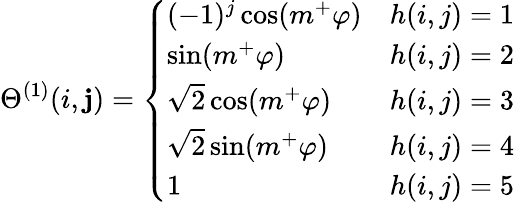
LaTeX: \Theta^{(1)}(i,\mathbf{j})=\left\{ \begin{array}{ll}{(-1)^{j}\cos(m^{+}\varphi)}&{h(i,j)=1}\\ {\sin(m^{+}\varphi)}&{h(i,j)=2}\\ {\sqrt{2}\cos(m^{+}\varphi)}&{h(i,j)=3}\\ {\sqrt{2}\sin(m^{+}\varphi)}&{h(i,j)=4}\\ {1}&{h(i,j)=5}\end{array}\right.